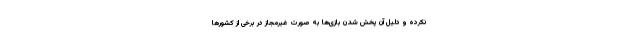
نکرده و دلیل آن پخش شدن بازی‌ها به صورت غیرمجاز در برخی از کشورها